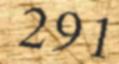
291